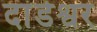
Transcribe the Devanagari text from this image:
दांडेश्वर